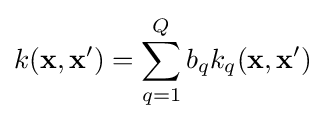
k(\mathbf {x} ,\mathbf {x} ')=\sum _{q=1}^{Q}{b_{q}k_{q}(\mathbf {x} ,\mathbf {x} ')}